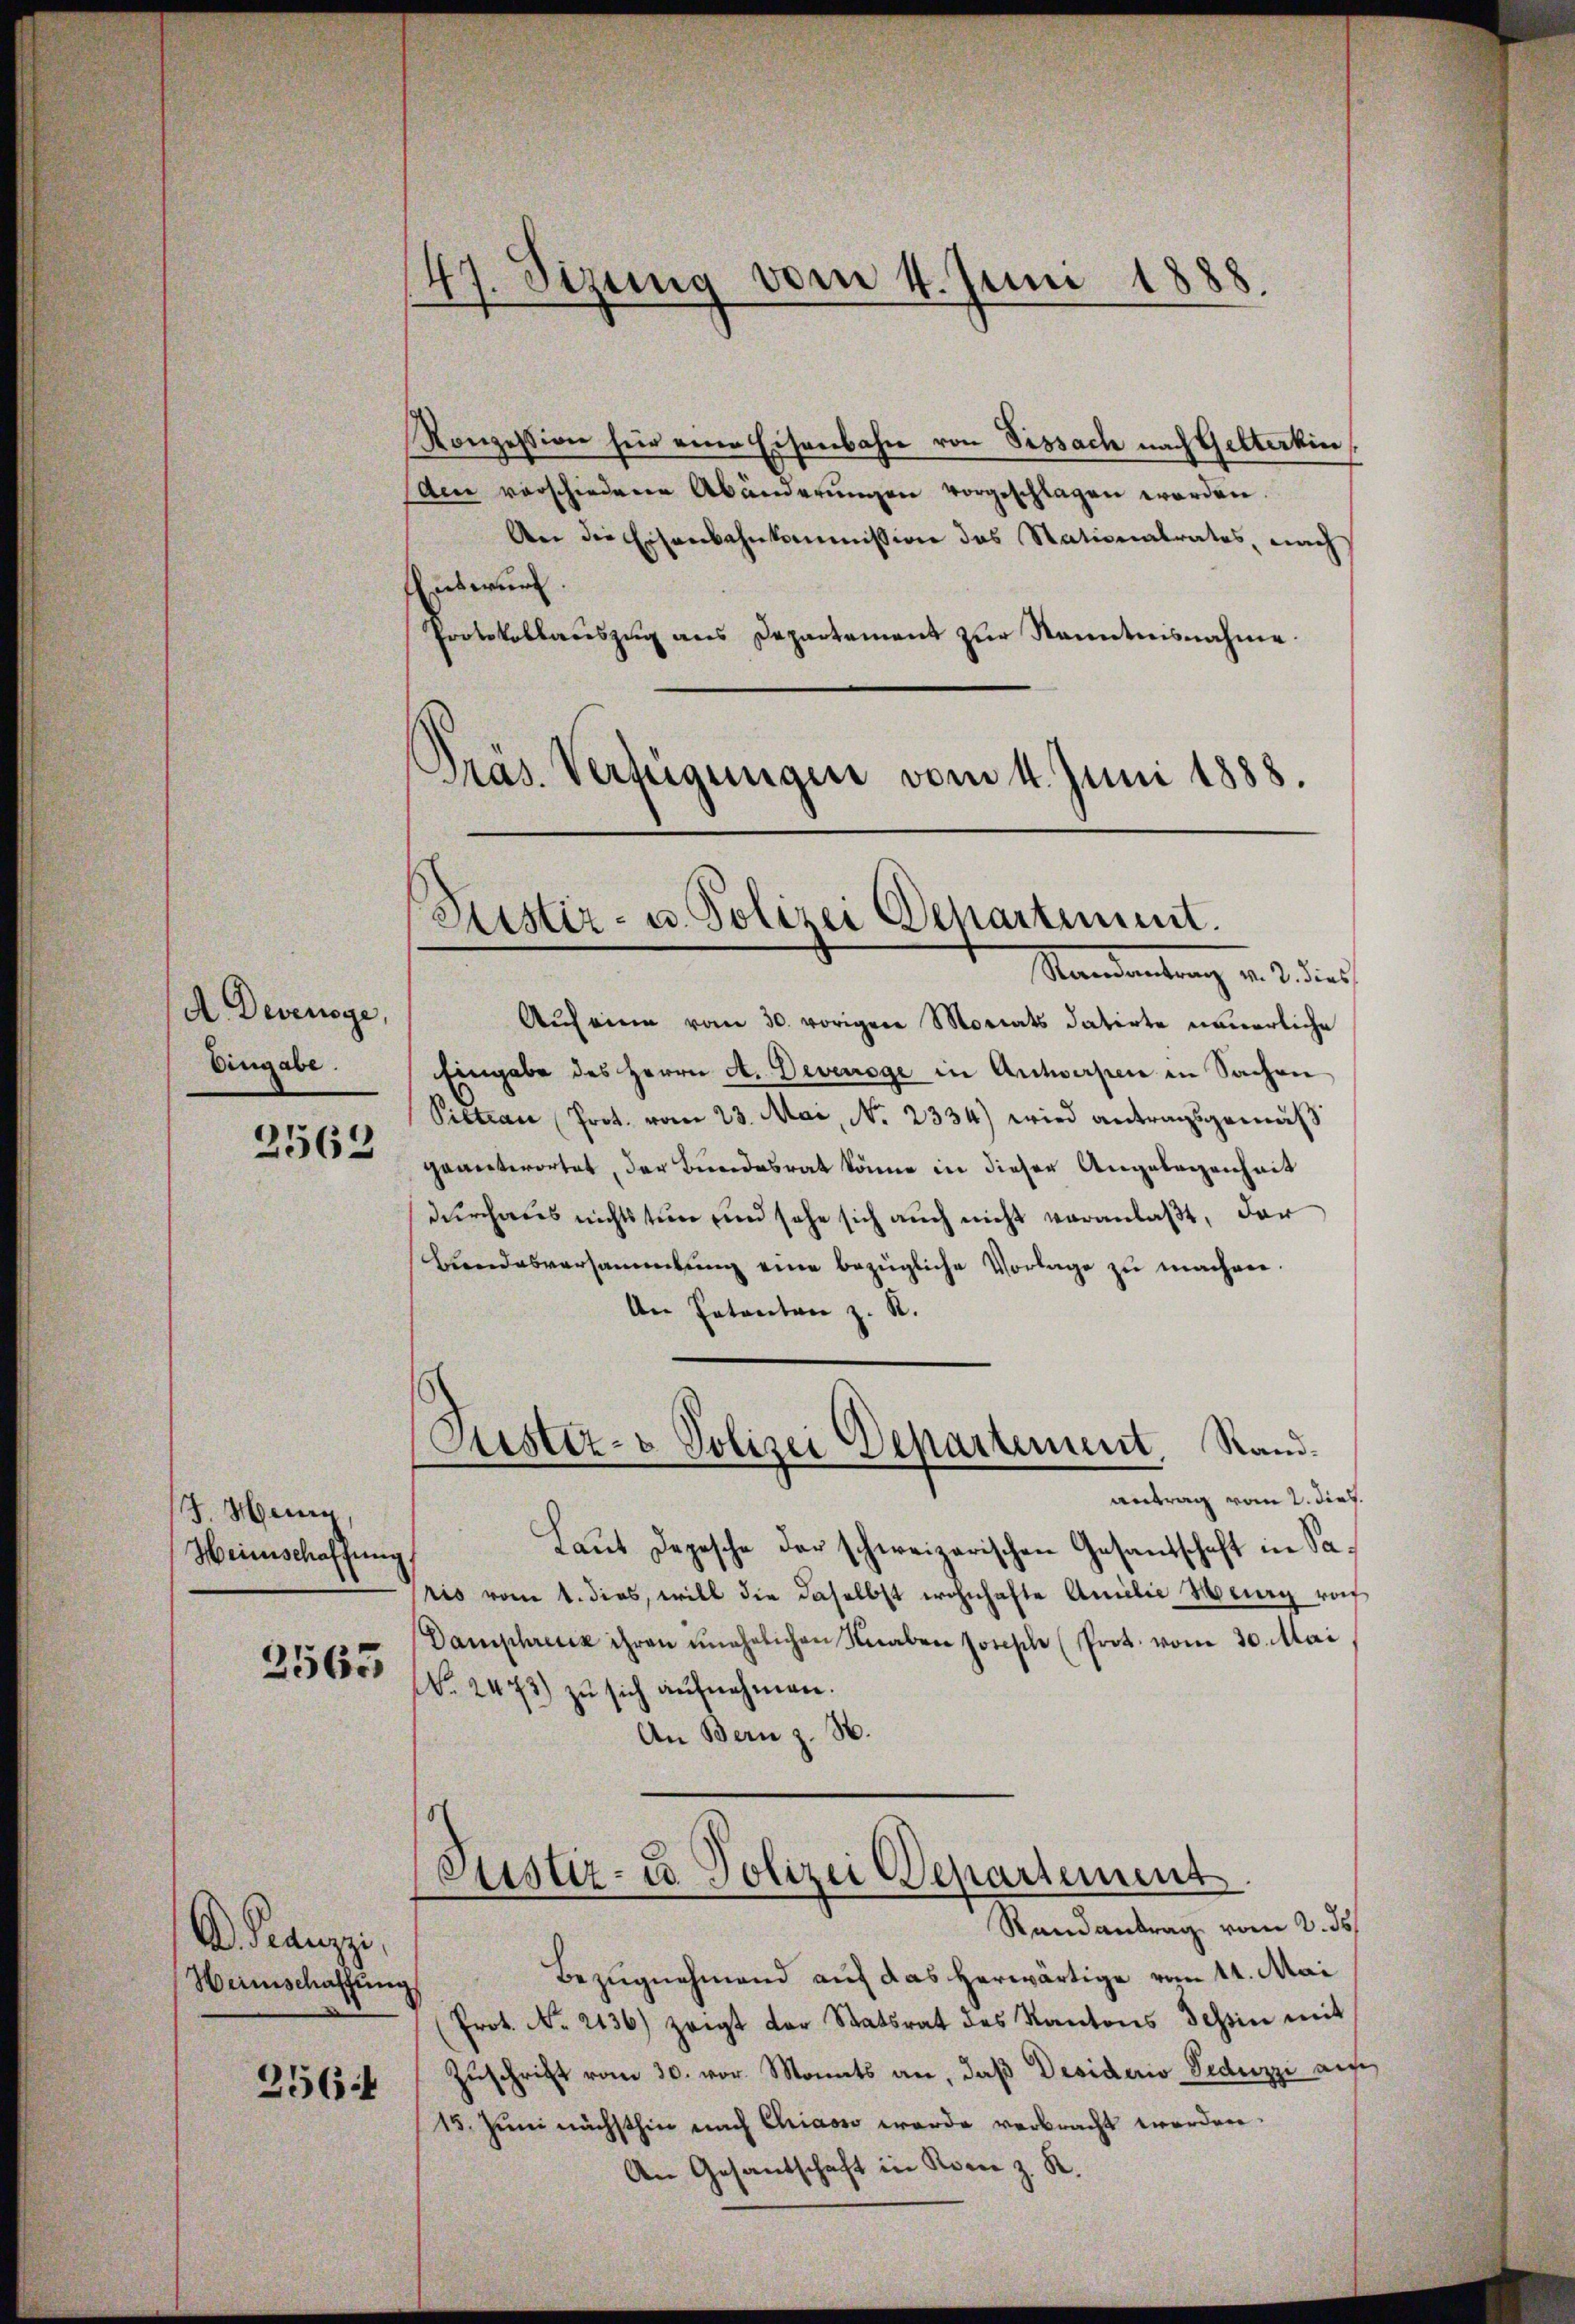
A Devenoye,
Eingabe.
2562

J. Henn,
Heinschaffung.

2563

A Peauzzi,
Heimschaffung
256:

47. Sizung vom 4. Juni 1888.

Konzession für eine Eisenbahn von Sissach nach Gelterkin
Am verschiedene Abänderŭngen vorgeschlagen worden.
An die Eisenbahnkommission des Stationalrates nach
Entwurf.
Protokollauszug aus Departement zur Kenntnisnahme.
Pras. Verfügungen vom 4. Juni 1888.

Justiz- u. Polizei Departiment.
Standentrag v. 2. dies

Justiz- & Polizei Departement. Sandantrag vom 2. dies.

Aŭf eine vom 30. vorigen Morats datirte neuerliche
Eingabe des Herrn A. Devenoge in Antworfen in Sachen
Piltian Prot. vom 23. Mai, No. 2334) wird antragsgemäß
geantwortet, der Bundesrat könne in dieser Angelegenheit
durchaus nichts tun und sehe sich auch nicht veranlaßt, der
Landesversammlung eine bezügliche Vorlage zu machen.
An Patenten z. R.
Laut Depesche der schweizerischen Gesandschaft in Saris vom 1. dies, will die daselbst wohnhafte Amelić Muug rof
Damphreck ihren unehelichen Knaben sonsche (Prot. vom 30. Mai
No. 2473) zu sich aufnehmen.
An Bern z. B.
Justiz- u. Polizei Departement
Randantrag vom 2. ds.
Bezugnehmend auf das herwärtige vom 11. Mai
Prot. No. 2136) zeigt der Statsrat des Kantons Tessin mit
Zuschrift vom 30. vor. Monats an, daß Desiderio Seduzzi auf
15. Juni nächsthin nach Chian werde verbracht werden.
An Gesandschaft in Korn z. R.